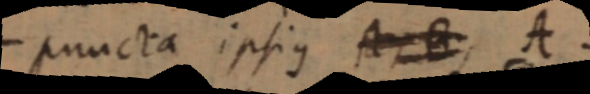
puncta ipsius A, B, A.